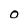
Character: O